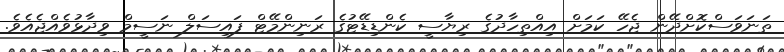
ތަނަވަސްކޮށްދޭން ޖެހޭ ކަމަށް އިއްތިހާދުގެ ރިޔާސީ ކެންޑިޑޭޓުގެ ރަނިންމޭޓް ފައިސަލް ނަސީމް ވިދާޅުވެއްޖެއެވެ.